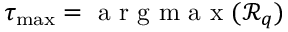
\tau _ { \operatorname* { m a x } } = \ensuremath { \mathrm { ~ a ~ r ~ g ~ m ~ a ~ x ~ } } ( \mathcal { R } _ { q } )